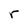
Character: r